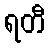
ရတီ